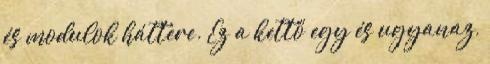
és modulok háttere. Ez a kettő egy és ugyanaz,